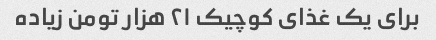
برای یک غذای کوچیک ۲۱ هزار تومن زیاده